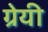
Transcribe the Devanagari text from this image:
ग्रेयी